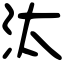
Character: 汰